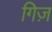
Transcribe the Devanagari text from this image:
गिज़